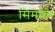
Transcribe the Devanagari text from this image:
सिमेशन